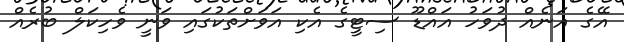
އޭގެ އަނެއް ދުވަހު އައްޑޫ ސިޓީގެ އެކި އަވަށްތަކުގައި ވަނީ ވެހިކަލް ބުރެއް